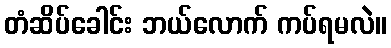
တံဆိပ်ခေါင်း ဘယ်လောက် ကပ်ရမလဲ။